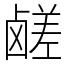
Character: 鹾